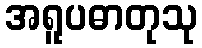
အရူပဓာတုသု